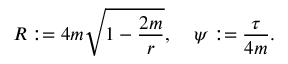
R : = 4 m \sqrt { 1 - { \frac { 2 m } { r } } } , \: \: \: \: \: \psi : = { \frac { \tau } { 4 m } } .